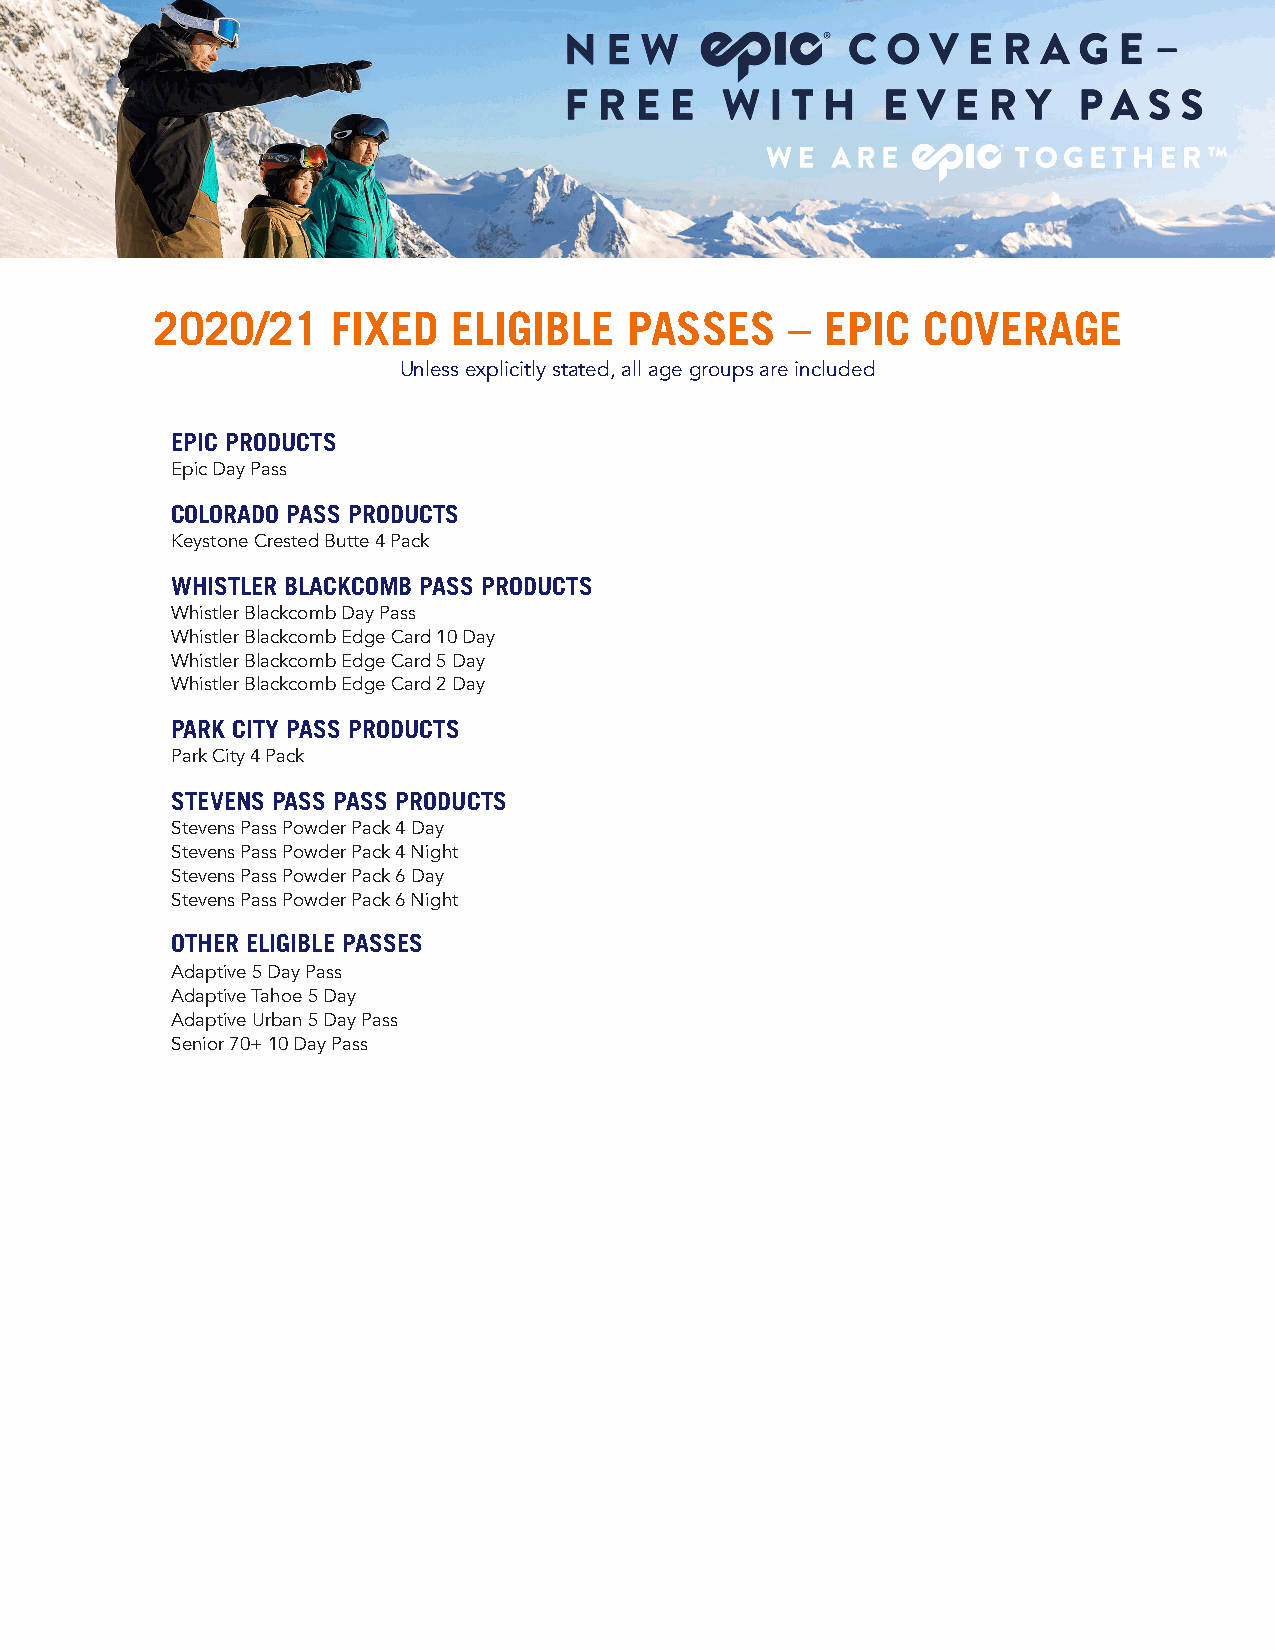
2020/21     FIXED   ELIGIBLE    PASSES    –  EPIC  COVERAGE
 Unless explicitly stated, all age groups are included
 EPIC PRODUCTS
 Epic Day Pass
 COLORADO PASS PRODUCTS
 Keystone Crested Butte 4 Pack
 WHISTLER BLACKCOMB PASS PRODUCTS
 Whistler Blackcomb Day Pass
 Whistler Blackcomb Edge Card 10 Day
 Whistler Blackcomb Edge Card 5 Day
 Whistler Blackcomb Edge Card 2 Day
 PARK CITY PASS PRODUCTS
 Park City 4 Pack
 STEVENS PASS PASS PRODUCTS
 Stevens Pass Powder Pack 4 Day
 Stevens Pass Powder Pack 4 Night
 Stevens Pass Powder Pack 6 Day
 Stevens Pass Powder Pack 6 Night
 OTHER ELIGIBLE PASSES
 Adaptive 5 Day Pass
 Adaptive Tahoe 5 Day
 Adaptive Urban 5 Day Pass
 Senior 70+ 10 Day Pass